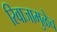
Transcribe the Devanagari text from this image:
रिवाजामुळेच